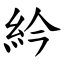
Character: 紟